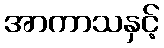
အာကာသနှင့်